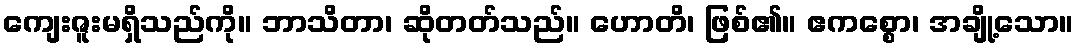
ကျေးဇူးမရှိသည်ကို။ ဘာသိတာ၊ ဆိုတတ်သည်။ ဟောတိ၊ ဖြစ်၏။ ဧကစ္စော၊ အချို့သော။